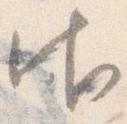
御